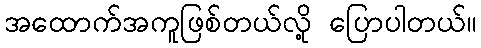
အထောက်အကူဖြစ်တယ်လို့ ပြောပါတယ်။